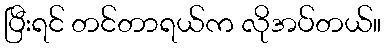
ပြီးရင် တင်တာရယ်က လိုအပ်တယ်။